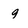
Character: 9